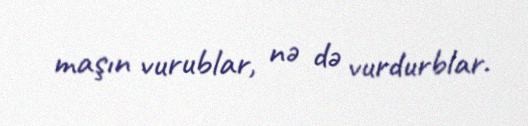
maşın vurublar, nə də vurdurblar.